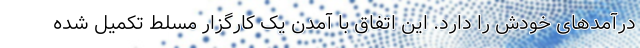
درآمدهای خودش را دارد. این اتفاق با آمدن یک کارگزار مسلط تکمیل شده